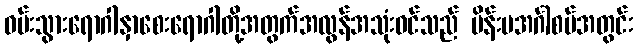
ဝမ်းသွားရောဂါနှာစေးရောဂါတို့အတွက်အလွန်အသုံးဝင်သည် မိန်းမအင်္ဂါစပ်အတွင်း